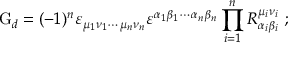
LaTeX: \mathrm { G } _ { d } = ( - 1 ) ^ { n } \varepsilon _ { \mu _ { 1 } \nu _ { 1 } \cdots \mu _ { n } \nu _ { n } } \varepsilon ^ { \alpha _ { 1 } \beta _ { 1 } \cdots \alpha _ { n } \beta _ { n } } \prod _ { i = 1 } ^ { n } R _ { \alpha _ { i } \beta _ { i } } ^ { \mu _ { i } \nu _ { i } } ~ ;